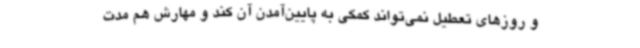
و روزهای تعطیل نمی‌تواند کمکی به پایین‌آمدن آن کند و مهارش هم مدت